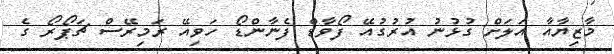
މާޒިޔާއާ އަލަށް ގުޅުނު އުރުގުއޭ ފޯވާޑް ފެނާންޑޯ ހަވިއޭ ރަމިރޭސް ޗަޕޯރޯ ގެ